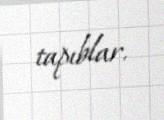
tapıblar.